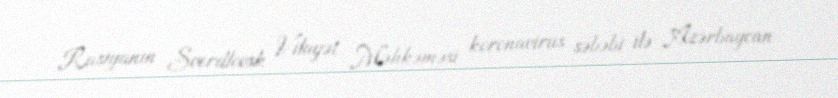
Rusiyanın Sverdlovsk Vilayət Məhkəməsi koronavirus səbəbi ilə Azərbaycan